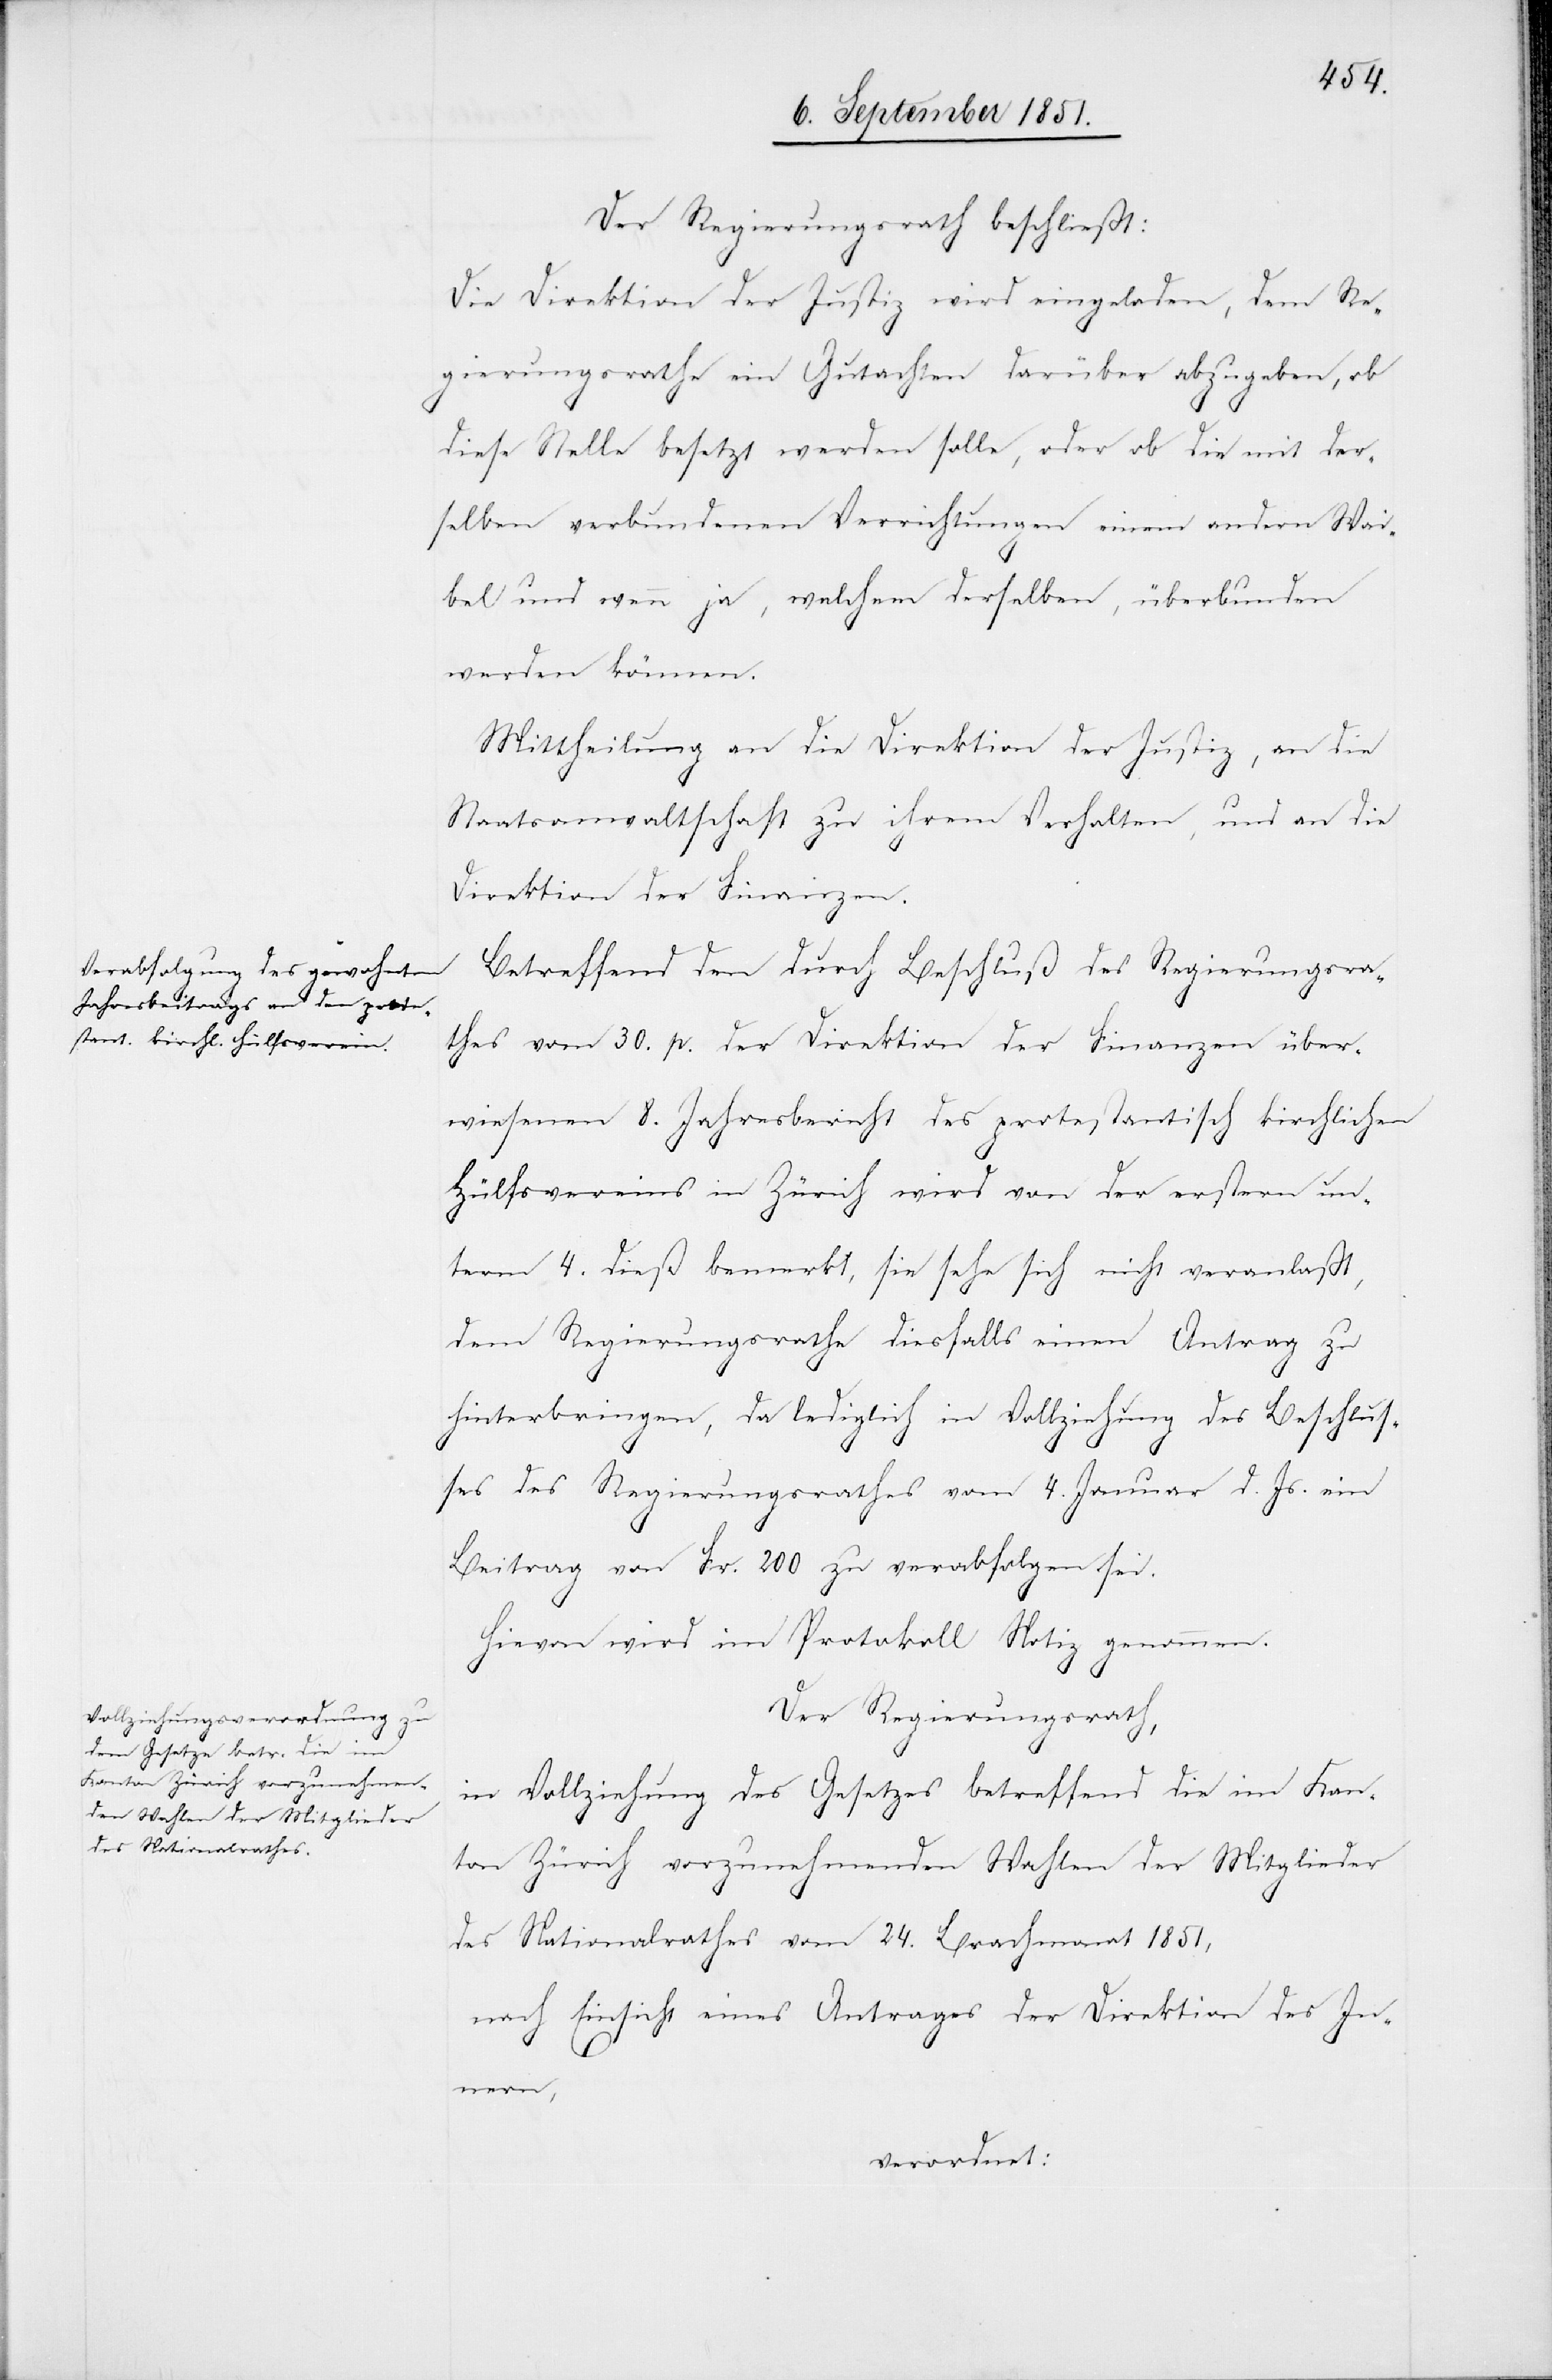
Der Regierungsrath beschließt:
Die Direktion der Justiz wird eingeladen, dem Re¬
gierungsrathe ein Gutachten darüber abzugeben, ob
diese Stelle besetzt werden solle, oder ob die mit der¬
selben verbundenen Verrichtungen einem andern Wai¬
bel und wenn ja, welchem derselben, überbunden
werden können.
Mittheilung an die Direktion der Justiz, an die
Staatsanwaltschaft zu ihrem Verhalten, und an die
Direktion der Finanzen.
Betreffend den durch Beschluß des Regierungsra¬
thes vom 30. p. der Direktion der Finanzen über¬
wiesenen 8. Jahresbericht des protestantisch kirchlichen
Hülfsvereins in Zürich wird von der erstern un¬
term 4. dieß bemerkt, sie sehe sich nicht veranlaßt,
dem Regierungsrathe diesfalls einen Antrag zu
hinterbringen, da lediglich in Vollziehung des Beschlus¬
ses des Regierungsrathes vom 4. Januar d. Js. ein
Beitrag von Fr. 200 zu verabfolgen sei.
Hievon wird im Protokoll Notiz genommen.
Der Regierungsrath,
in Vollziehung des Gesetzes betreffend die im Kan¬
ton Zürich vorzunehmenden Wahlen der Mitglieder
des Nationalrathes vom 24. Brachmonat 1851,
nach Einsicht eines Antrages der Direktion des In¬
nern,
verordnet: